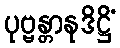
ပုဗ္ဗန္တာနုဒိဋ္ဌိံ